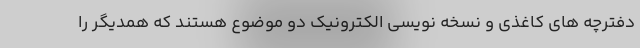
دفترچه های کاغذی و نسخه نویسی الکترونیک دو موضوع هستند که همدیگر را